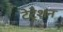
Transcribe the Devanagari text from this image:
टेट्रेशन